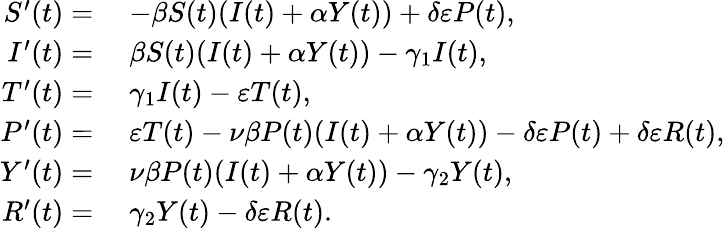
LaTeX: \begin{array}{rl}{S^{\prime}(t)=}&{\; -\beta S(t)(I(t)+\alpha Y(t))+\delta\varepsilon P(t),}\\ {I^{\prime}(t)=}&{\; \beta S(t)(I(t)+\alpha Y(t))-\gamma_{1}I(t),}\\ {T^{\prime}(t)=}&{\; \gamma_{1}I(t)-\varepsilon T(t),}\\ {P^{\prime}(t)=}&{\; \varepsilon T(t)-\nu\beta P(t)(I(t)+\alpha Y(t))-\delta\varepsilon P(t)+\delta\varepsilon R(t),}\\ {Y^{\prime}(t)=}&{\; \nu\beta P(t)(I(t)+\alpha Y(t))-\gamma_{2}Y(t),}\\ {R^{\prime}(t)=}&{\; \gamma_{2}Y(t)-\delta\varepsilon R(t).}\end{array}